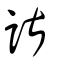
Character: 諶